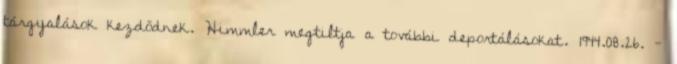
tárgyalások kezdõdnek. Himmler megtiltja a további deportálásokat. 1944.08.26. -